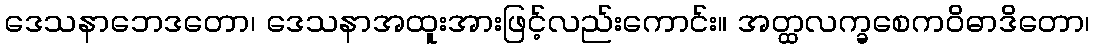
ဒေသနာဘေဒတော၊ ဒေသနာအထူးအားဖြင့်လည်းကောင်း။ အတ္ထလက္ခစေကဝိဓာဒိတော၊